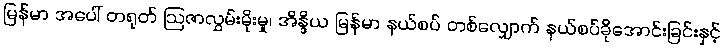
မြန်မာ အပေါ် တရုတ် ဩဇာလွှမ်းမိုးမှု၊ အိန္ဒိယ မြန်မာ နယ်စပ် တစ်လျှောက် နယ်စပ်ခိုအောင်းခြင်းနှင့်